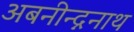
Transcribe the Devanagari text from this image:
अबनीन्द्ननाथ